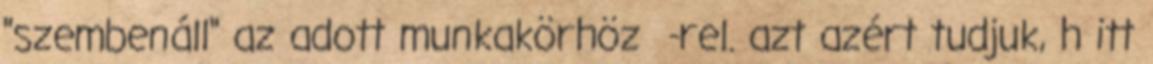
"szembenáll" az adott munkakörhöz -rel. azt azért tudjuk, h itt